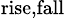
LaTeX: _\mathrm{rise,fall}